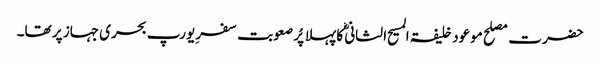
حضرت مصلح موعود خلیفۃ المسیح الثانی ؓکا پہلا پُر صعوبت سفرِ یورپ بحری جہاز پر تھا۔